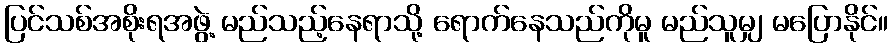
ပြင်သစ်အစိုးရအဖွဲ့ မည်သည့်နေရာသို့ ရောက်နေသည်ကိုမူ မည်သူမျှ မပြောနိုင်။